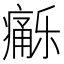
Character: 𱱦